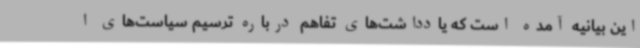
این بیانیه آمده است که یادداشت‌های تفاهم درباره ترسیم سیاست‌های ا